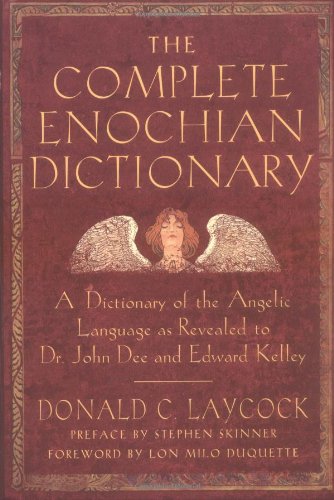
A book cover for The Complete Enochian Dictionary: A Dictionary of the Angelic Language As Revealed to Dr. John Dee and Edward Kelley; Donald C Laycock; Religion & Spirituality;